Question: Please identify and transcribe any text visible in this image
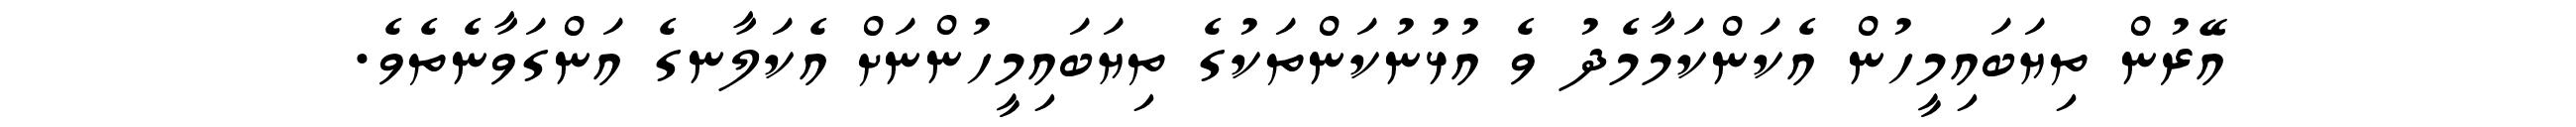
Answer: އޭރުން ތިޔަބައިމީހުން އެކަންކަމާމެދު ވެ އުޅުނުކަންތަކުގެ ތިޔަބައިމީހުންނަށް އެކަލާނގެ އަންގަވާނެތެވެ.